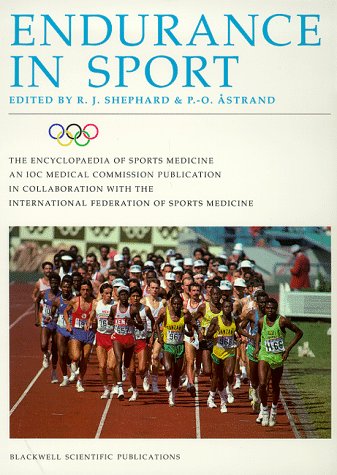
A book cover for Endurance in Sport (The Encyclopaedia of Sports Medicine); Sports & Outdoors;